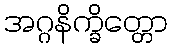
အဂ္ဂနိက္ခိတ္တော